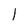
Character: 1